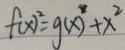
f ( x ) ^ { 2 } = g ( x ) ^ { 2 } + x ^ { 2 }